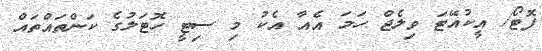
ފޮޓޯ/ އީކުއޭޓަ ވިލެޖް ހަމަ އެއާ އެކު މި ސިޓީ ހޮޓަލުގެ ކަންތައްތައް